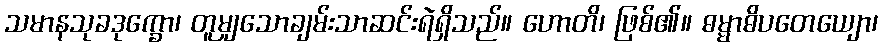
သမာနသုခဒုက္ခော၊ တူမျှသောချမ်းသာဆင်းရဲရှိသည်။ ဟောတိ၊ ဖြစ်၏။ ဓမ္မာဓိပတေယျော၊